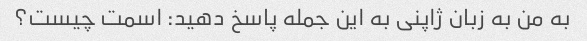
به من به زبان ژاپنی به این جمله پاسخ دهید: اسمت چیست؟